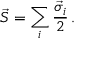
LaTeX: \vec { S } = \sum _ { i } { \frac { \vec { \sigma } _ { i } } { 2 } } \, .